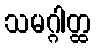
သမဂ္ဂါတ္ထ